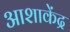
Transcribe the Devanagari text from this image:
आशाकेंद्र